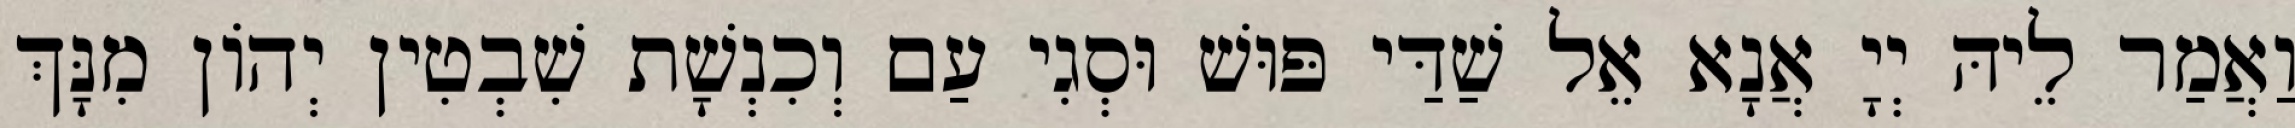
וַאֲמַר לֵיהּ יְיָ אֲנָא אֵל שַׁדַּי פּוּשׁ וּסְגִי עַם וְכִנְשָׁת שִׁבְטִין יְהוֹן מִנָּךְ